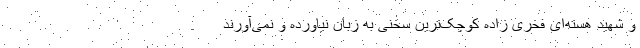
و شهید هسته‌ای فخری زاده کوچک‌ترین سخنی به زبان نیاورده و نمی‌آورند